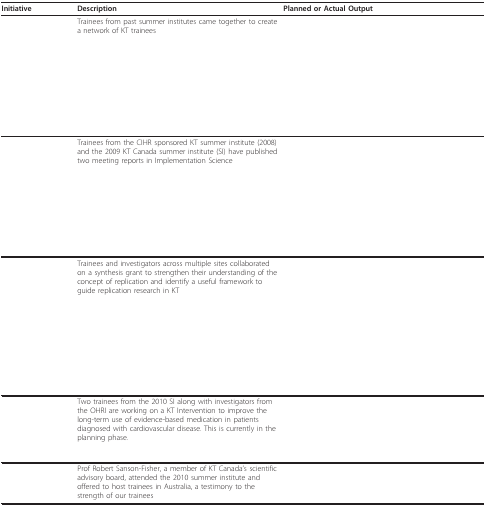
<table><thead><tr><td><b>Initiative</b></td><td><b>Description</b></td><td><b>Planned or Actual Output</b></td></tr></thead><tbody><tr><td>[EMPTY_CELL]</td><td>Trainees from past summer institutes came together to create a network of KT trainees</td><td>[EMPTY_CELL]</td></tr><tr><td>[EMPTY_CELL]</td><td>Trainees from the CIHR sponsored KT summer institute (2008) and the 2009 KT Canada summer institute (SI) have published two meeting reports in Implementation Science</td><td>[EMPTY_CELL]</td></tr><tr><td>[EMPTY_CELL]</td><td>Trainees and investigators across multiple sites collaborated on a synthesis grant to strengthen their understanding of the concept of replication and identify a useful framework to guide replication research in KT</td><td>[EMPTY_CELL]</td></tr><tr><td>[EMPTY_CELL]</td><td>Two trainees from the 2010 SI along with investigators from the OHRI are working on a KT Intervention to improve the long-term use of evidence-based medication in patients diagnosed with cardiovascular disease. This is currently in the planning phase.</td><td>[EMPTY_CELL]</td></tr><tr><td>[EMPTY_CELL]</td><td>Prof Robert Sanson-Fisher, a member of KT Canada's scientific advisory board, attended the 2010 summer institute and offered to host trainees in Australia, a testimony to the strength of our trainees</td><td>[EMPTY_CELL]</td></tr></tbody></table>